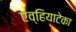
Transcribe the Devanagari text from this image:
एव्हियाटेका